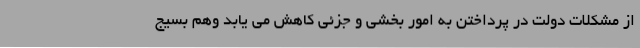
از مشکلات دولت در پرداختن به امور بخشی و جزئی کاهش می یابد وهم بسیج